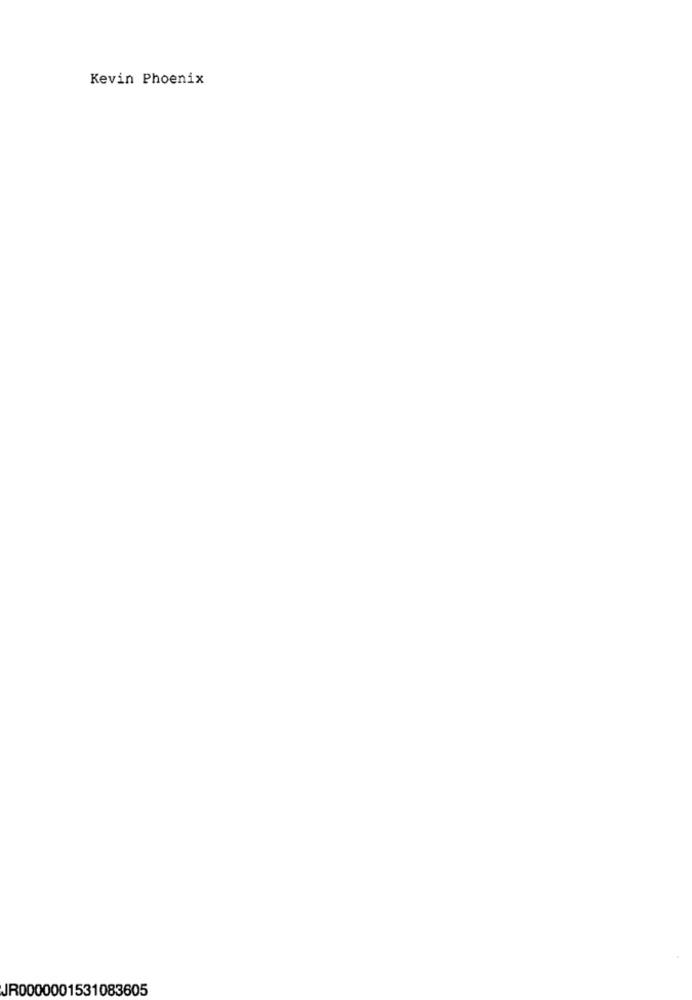
Kevin Phoenix
JR0000001531083605